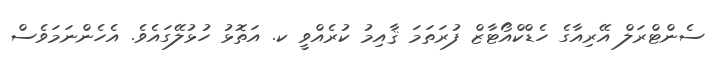
ސެންޓްރަލް އޭރިއާގެ ހެޑްކްއޯޓާޒް ފުރަތަމަ ޤާއިމު ކުރެއްވީ ކ. އަތޮޅު ހުޅުލޭގައެވެ. އެހެންނަމަވެސް